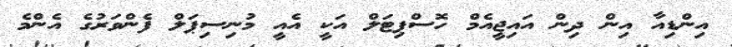
އިންޑިއާ އިން ދިން އައިޖީއެމް ހޮސްޕިޓަލް އަކީ އެއީ މުނިސިޕަލް ފެންވަރުގެ އެންމެ